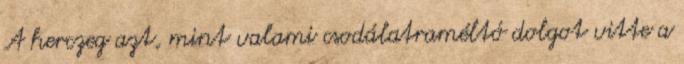
A herczeg azt, mint valami csodálatraméltó dolgot vitte a